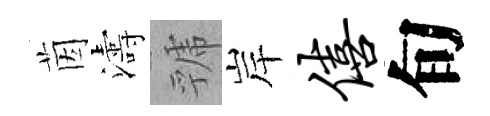
茵濤虢岸僖旬